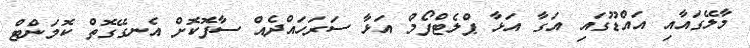
މާލޭގައާއި އައްޑޫގައި އަގާ އަޅާ ޕްލެޓްފޯމް އަޅާ ސަރަހައްދެއް ސާފޮކޮށް އެނގޭގޮތް ކޮމަންޓް